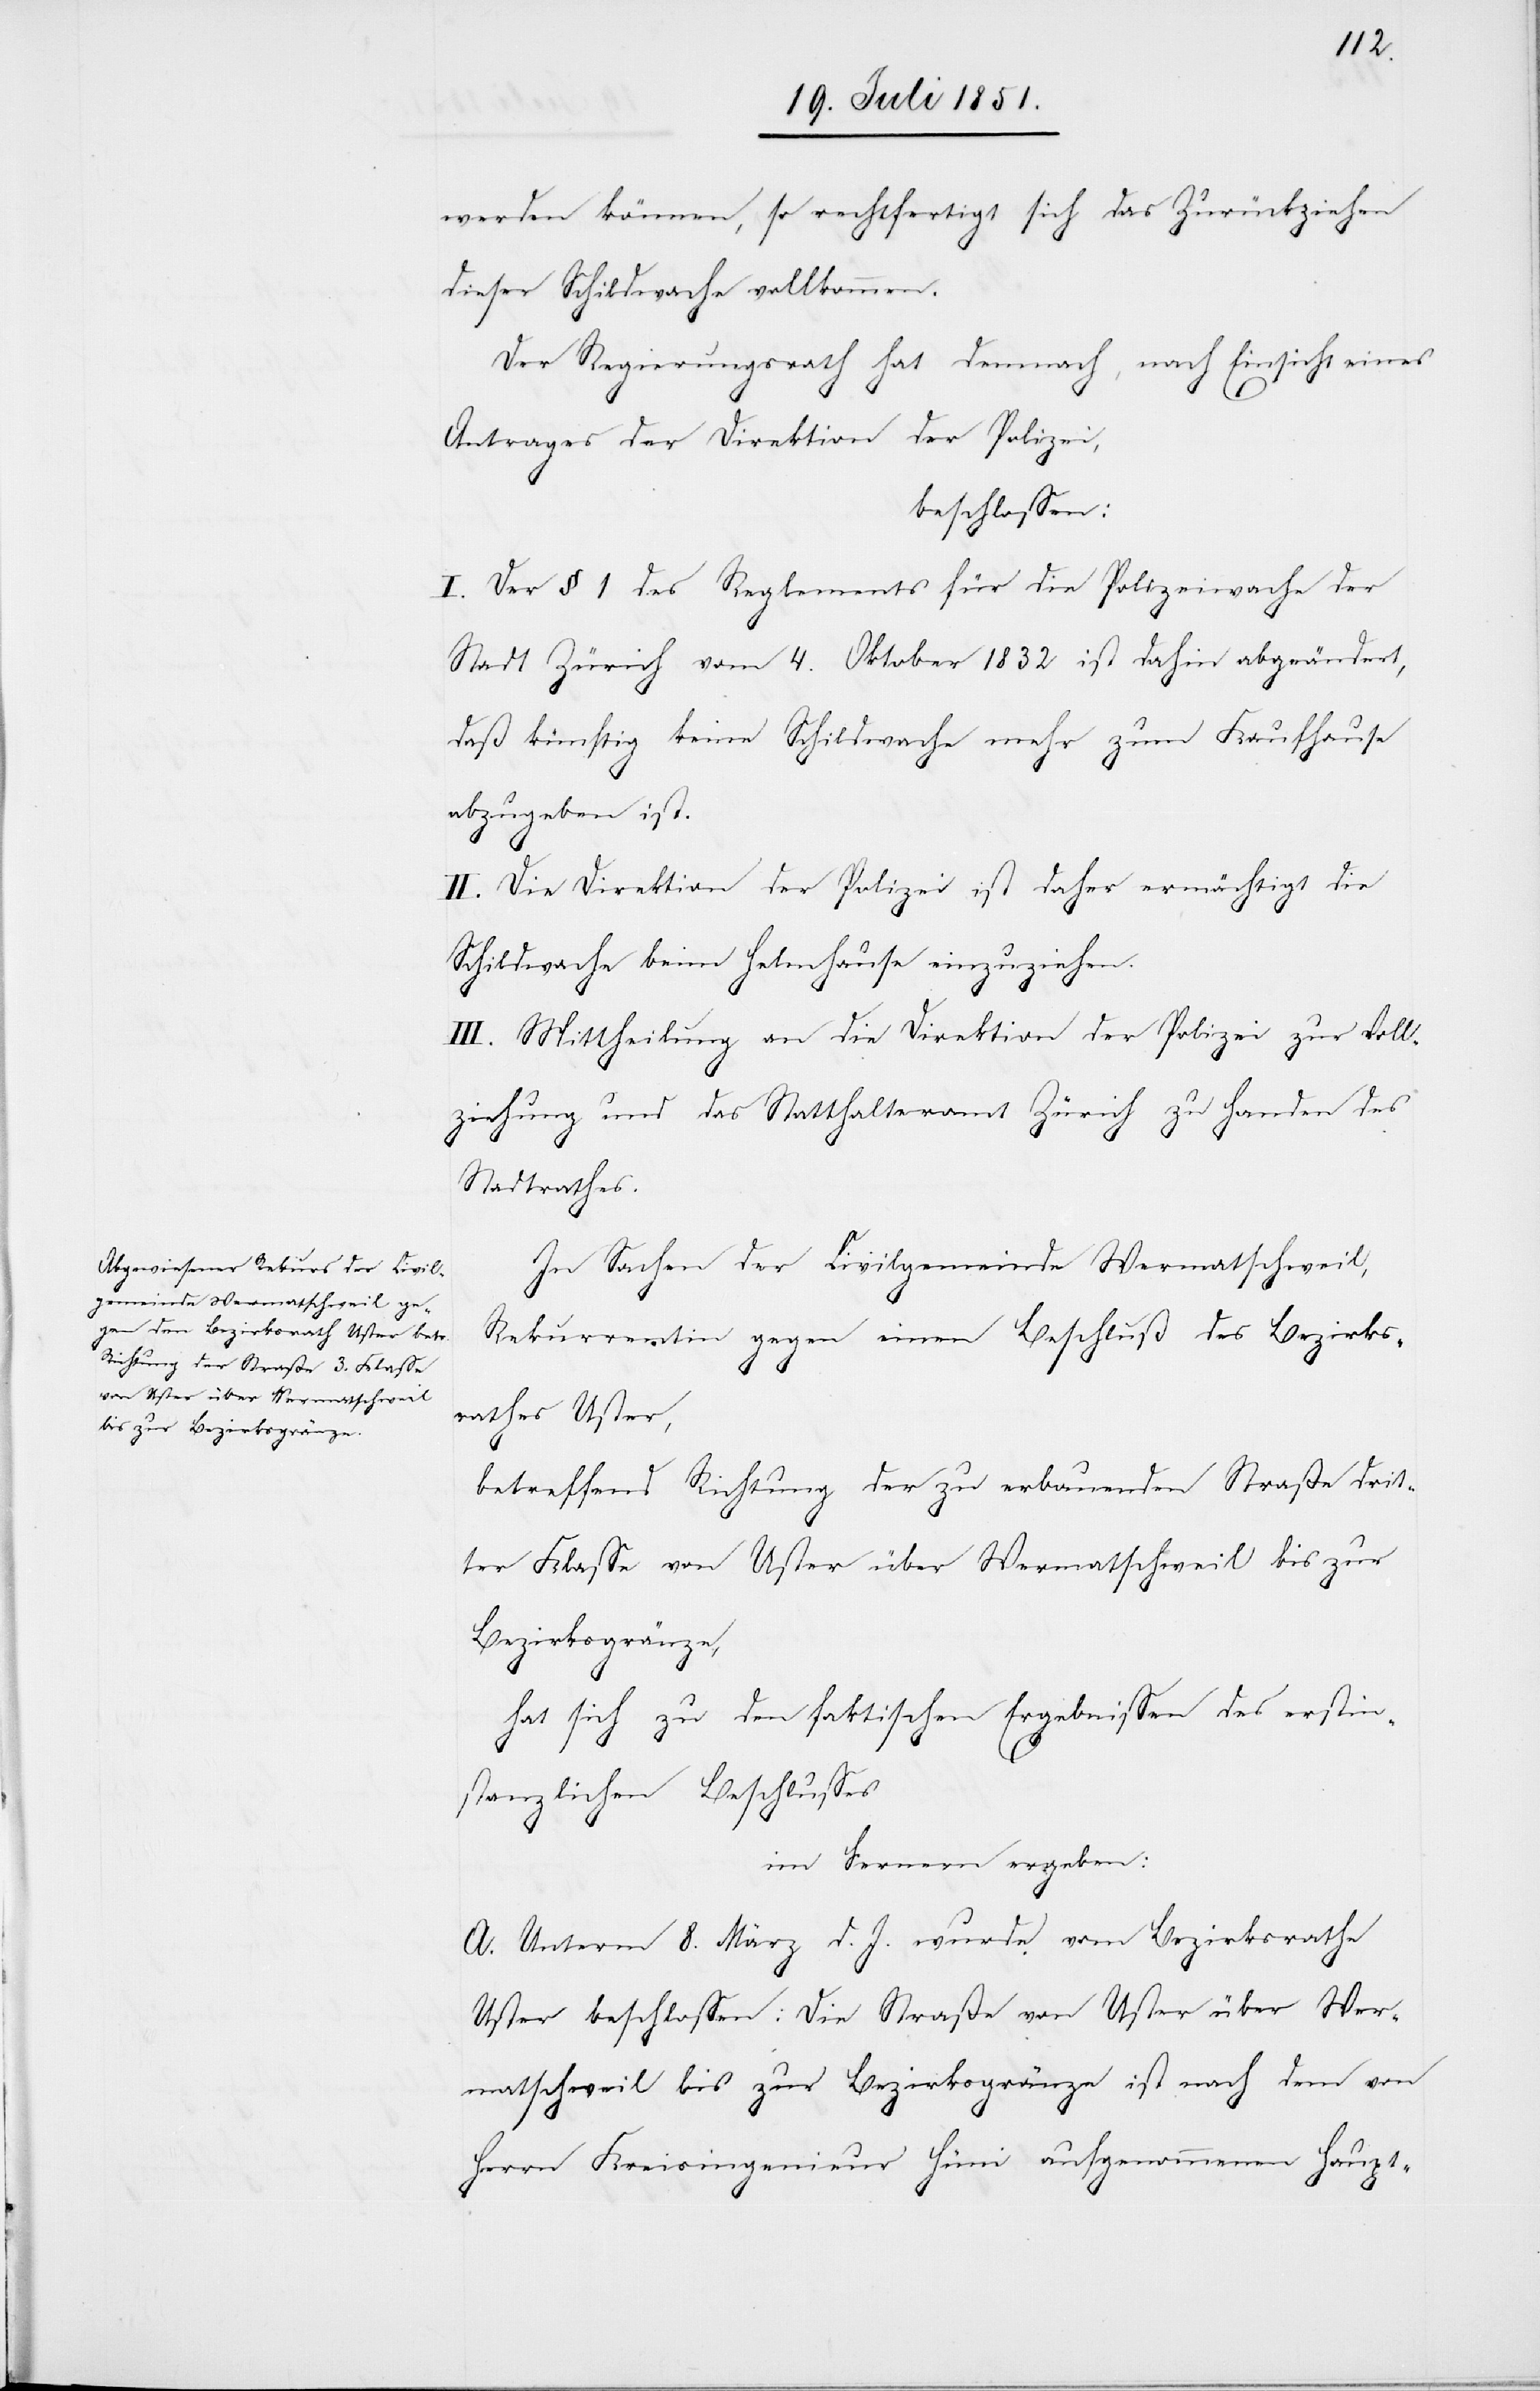
werden können, so rechtfertigt sich das Zurückziehen
dieser Schildwache vollkommen.
Der Regierungsrath hat demnach, nach Einsicht eines
Antrages der Direktion der Polizei,
beschlossen:
I. Der § 1 des Reglements für die Polizeiwache der
Stadt Zürich vom 4. Oktober 1832 ist dahin abgeändert,
daß künftig keine Schildwache mehr zum Kaufhause
abzugeben ist.
II. Die Direktion der Polizei ist daher ermächtigt die
Schildwache beim Helmhause einzuziehen.
III. Mittheilung an die Direktion der Polizei zur Voll¬
ziehung und das Statthalteramt Zürich zu Handen des
Stadtrathes.
In Sachen der Civilgemeinde Wermatschweil,
Rekurrentin gegen einen Beschluß des Bezirks¬
rathes Uster,
betreffend Richtung der zu erbauenden Straße drit¬
ter Klasse von Uster über Wermatschweil bis zur
Bezirksgränze,
hat sich zu den faktischen Ergebnissen des erstin¬
stanzlichen Beschlusses
im Fernern ergeben:
A. Unterm 8. März d. J. wurde vom Bezirksrathe
Uster beschlossen: Die Straße von Uster über Wer¬
matschweil bis zur Bezirksgränze ist nach dem von
Herrn Kreisingenieur Hüni aufgenommenen Haupt-